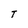
Character: T